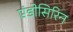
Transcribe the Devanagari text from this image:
एंडोसिरिन